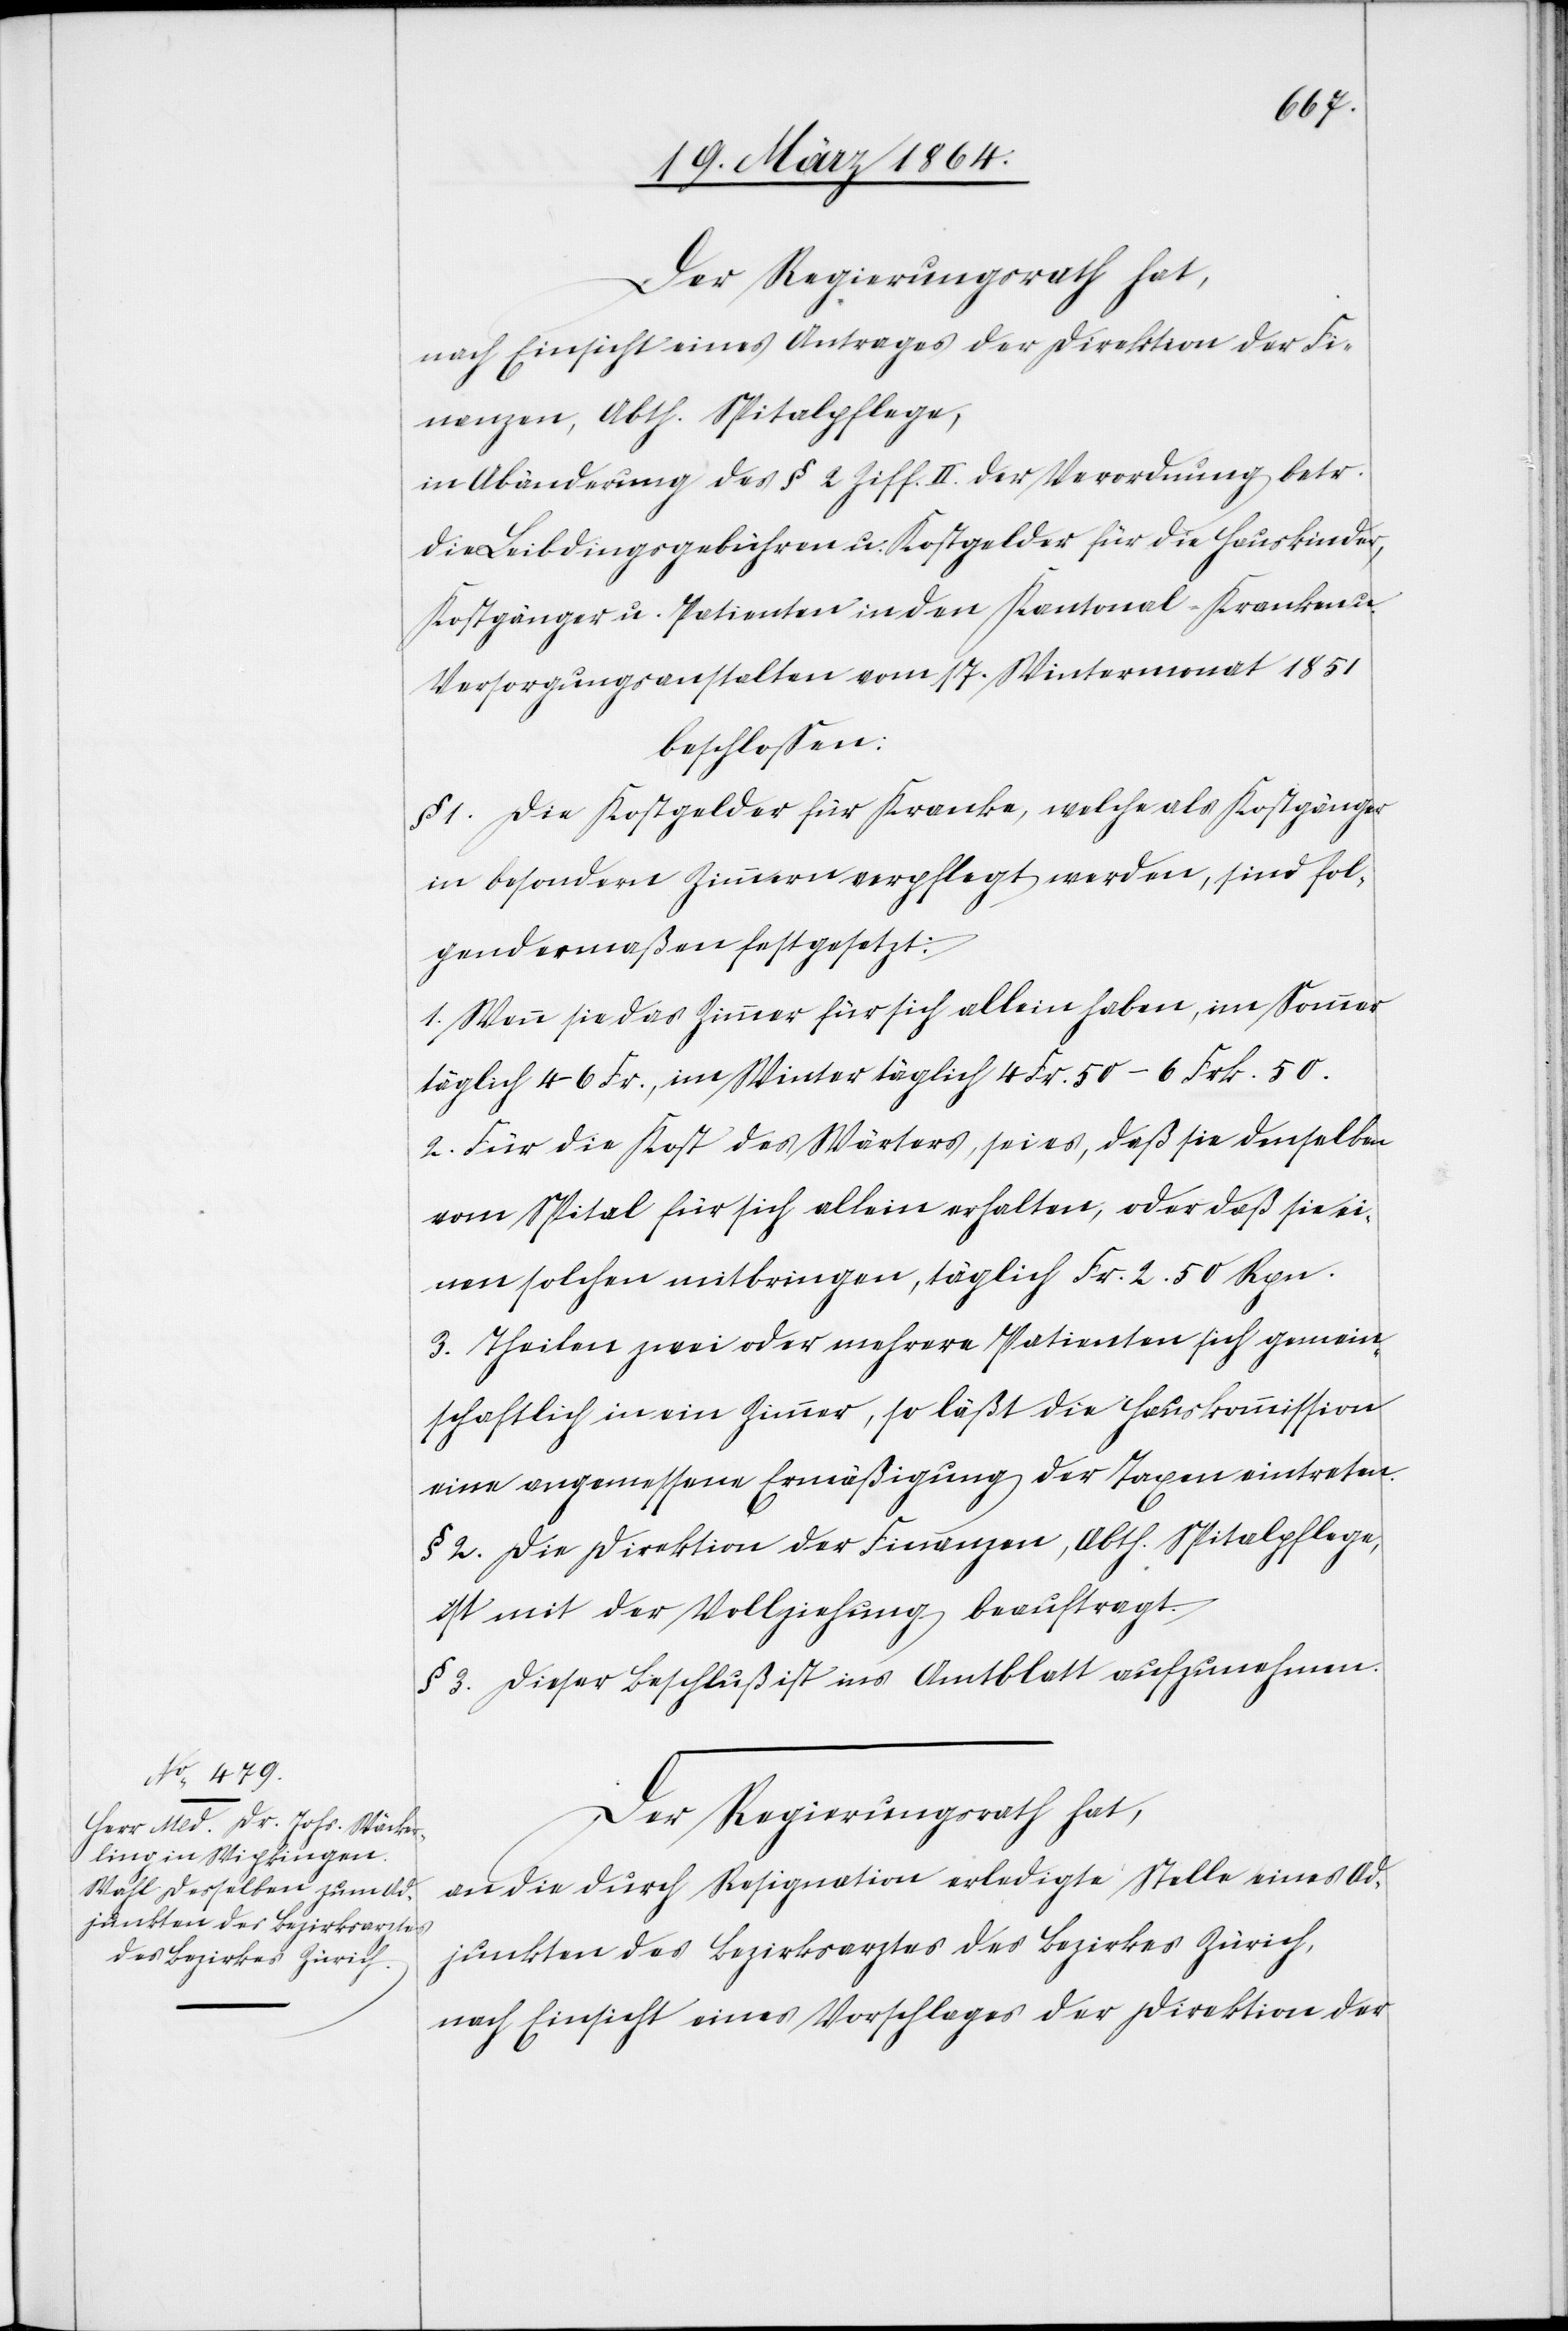
Der Regierungsrath hat,
nach Einsicht eines Antrages der Direktion der Fi¬
nanzen, Abth. Spitalpflege,
in Abänderung des § 2 Ziff. II. der Verordnung betr.
die Leibdingsgebühren u. Kostgelder für die Hauskinder,
Kostgänger u. Patienten in den Kantonal-Kranken u.
Versorgungsanstalten vom 17. Wintermonat 1851
beschlossen:
§ 1. Die Kostgelder für Kranke, welche als Kostgänger
in besondern Zimmern verpflegt werden, sind fol¬
gendermaßen festgesetzt:
1. Wenn sie das Zimmer für sich allein haben, im Sommer
täglich 4–6 Fr., im Winter täglich 4 Fr. 50–6 Frk. 50.
2. Für die Kost des Wärters, sei es, daß sie denselben
vom Spital für sich allein erhalten, oder daß sie ei¬
nen solchen mitbringen, täglich Fr. 2.50 Rpn.
3. Theilen zwei oder mehrere Patienten sich gemein¬
schaftlich in ein Zimmer, so läßt die Hauskommission
eine angemessene Ermäßigung der Taxen eintreten.
§ 2. Die Direktion der Finanzen, Abth. Spitalpflege,
ist mit der Vollziehung beauftragt.
§ 3. Dieser Beschluß ist ins Amtsblatt aufzunehmen.
Der Regierungsrath hat,
an die durch Resignation erledigte Stelle eines Ad¬
junkten des Bezirksarztes des Bezirkes Zürich,
nach Einsicht eines Vorschlages der Direktion der